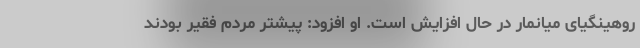
روهینگیای میانمار در حال افزایش است. او افزود: پیشتر مردم فقیر بودند